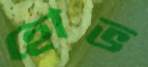
হোভ